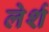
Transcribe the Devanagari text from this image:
लेर्श